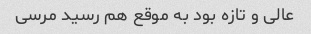
عالی و تازه بود به موقع هم رسید مرسی